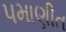
પમાણીત